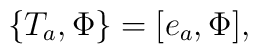
\{ T_a,\Phi \} = [ e_a, \Phi ],